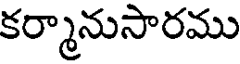
కర్మానుసారము